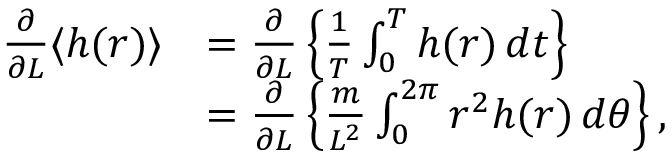
{ \begin{array} { r l } { { \frac { \partial } { \partial L } } \langle h ( r ) \rangle } & { = { \frac { \partial } { \partial L } } \left\{ { \frac { 1 } { T } } \int _ { 0 } ^ { T } h ( r ) \, d t \right\} } \\ & { = { \frac { \partial } { \partial L } } \left\{ { \frac { m } { L ^ { 2 } } } \int _ { 0 } ^ { 2 \pi } r ^ { 2 } h ( r ) \, d \theta \right\} , } \end{array} }